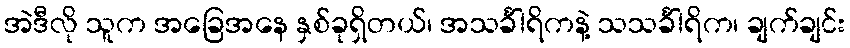
အဲဒီလို သူက အခြေအနေ နှစ်ခုရှိတယ်၊ အသင်္ခါရိကနဲ့ သသင်္ခါရိက၊ ချက်ချင်း